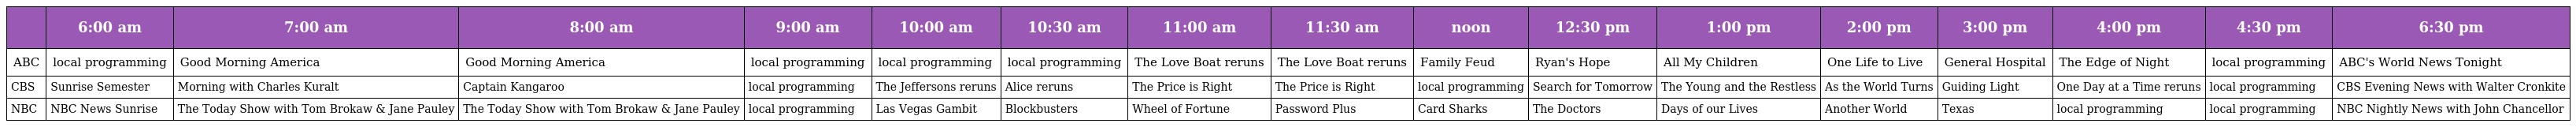
|  | 6:00 am | 7:00 am | 8:00 am | 9:00 am | 10:00 am | 10:30 am | 11:00 am | 11:30 am | noon | 12:30 pm | 1:00 pm | 2:00 pm | 3:00 pm | 4:00 pm | 4:30 pm | 6:30 pm |
 | --- | --- | --- | --- | --- | --- | --- | --- | --- | --- | --- | --- | --- | --- | --- | --- | --- |
 | ABC | local programming | Good Morning America | Good Morning America | local programming | local programming | local programming | The Love Boat reruns | The Love Boat reruns | Family Feud | Ryan's Hope | All My Children | One Life to Live | General Hospital | The Edge of Night | local programming | ABC's World News Tonight |
 | CBS | Sunrise Semester | Morning with Charles Kuralt | Captain Kangaroo | local programming | The Jeffersons reruns | Alice reruns | The Price is Right | The Price is Right | local programming | Search for Tomorrow | The Young and the Restless | As the World Turns | Guiding Light | One Day at a Time reruns | local programming | CBS Evening News with Walter Cronkite |
 | NBC | NBC News Sunrise | The Today Show with Tom Brokaw & Jane Pauley | The Today Show with Tom Brokaw & Jane Pauley | local programming | Las Vegas Gambit | Blockbusters | Wheel of Fortune | Password Plus | Card Sharks | The Doctors | Days of our Lives | Another World | Texas | local programming | local programming | NBC Nightly News with John Chancellor |